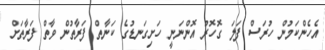
އެހެންކަމުން ހުރަސް ފަލަ ގޮހޮރު އޮންނަނީ ހަށިގަނޑުގެ ކަނާތް ފަރާތުން ވާތް ފަރާތަށް